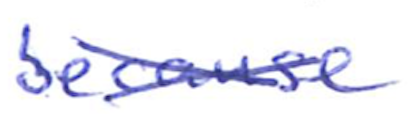
Text: because
Cross-out: cross
Writing tool: ballpoint